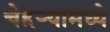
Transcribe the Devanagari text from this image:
चेहर्‍यामध्ये